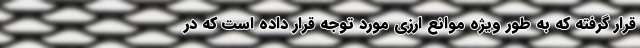
قرار گرفته که به طور ویژه موانع ارزی مورد توجه قرار داده است که در